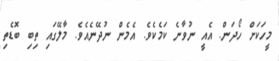
މީހަކަށް ހޯދަން. އެއީ ނުވާނެ ކަމެކެވެ. އެމެން ނުދޭނެއެވެ. މާލޭގައި ތިބި ބޮޑެތި